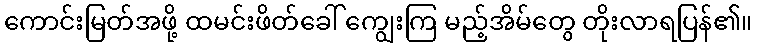
ကောင်းမြတ်အဖို့ ထမင်းဖိတ်ခေါ် ကျွေးကြ မည့်အိမ်တွေ တိုးလာရပြန်၏။